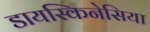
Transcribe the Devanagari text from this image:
डायस्किनेसिया